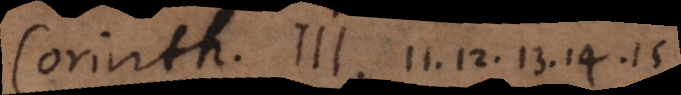
Corinth. III, 11. 12. 13. 14. 15.